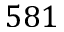
5 8 1